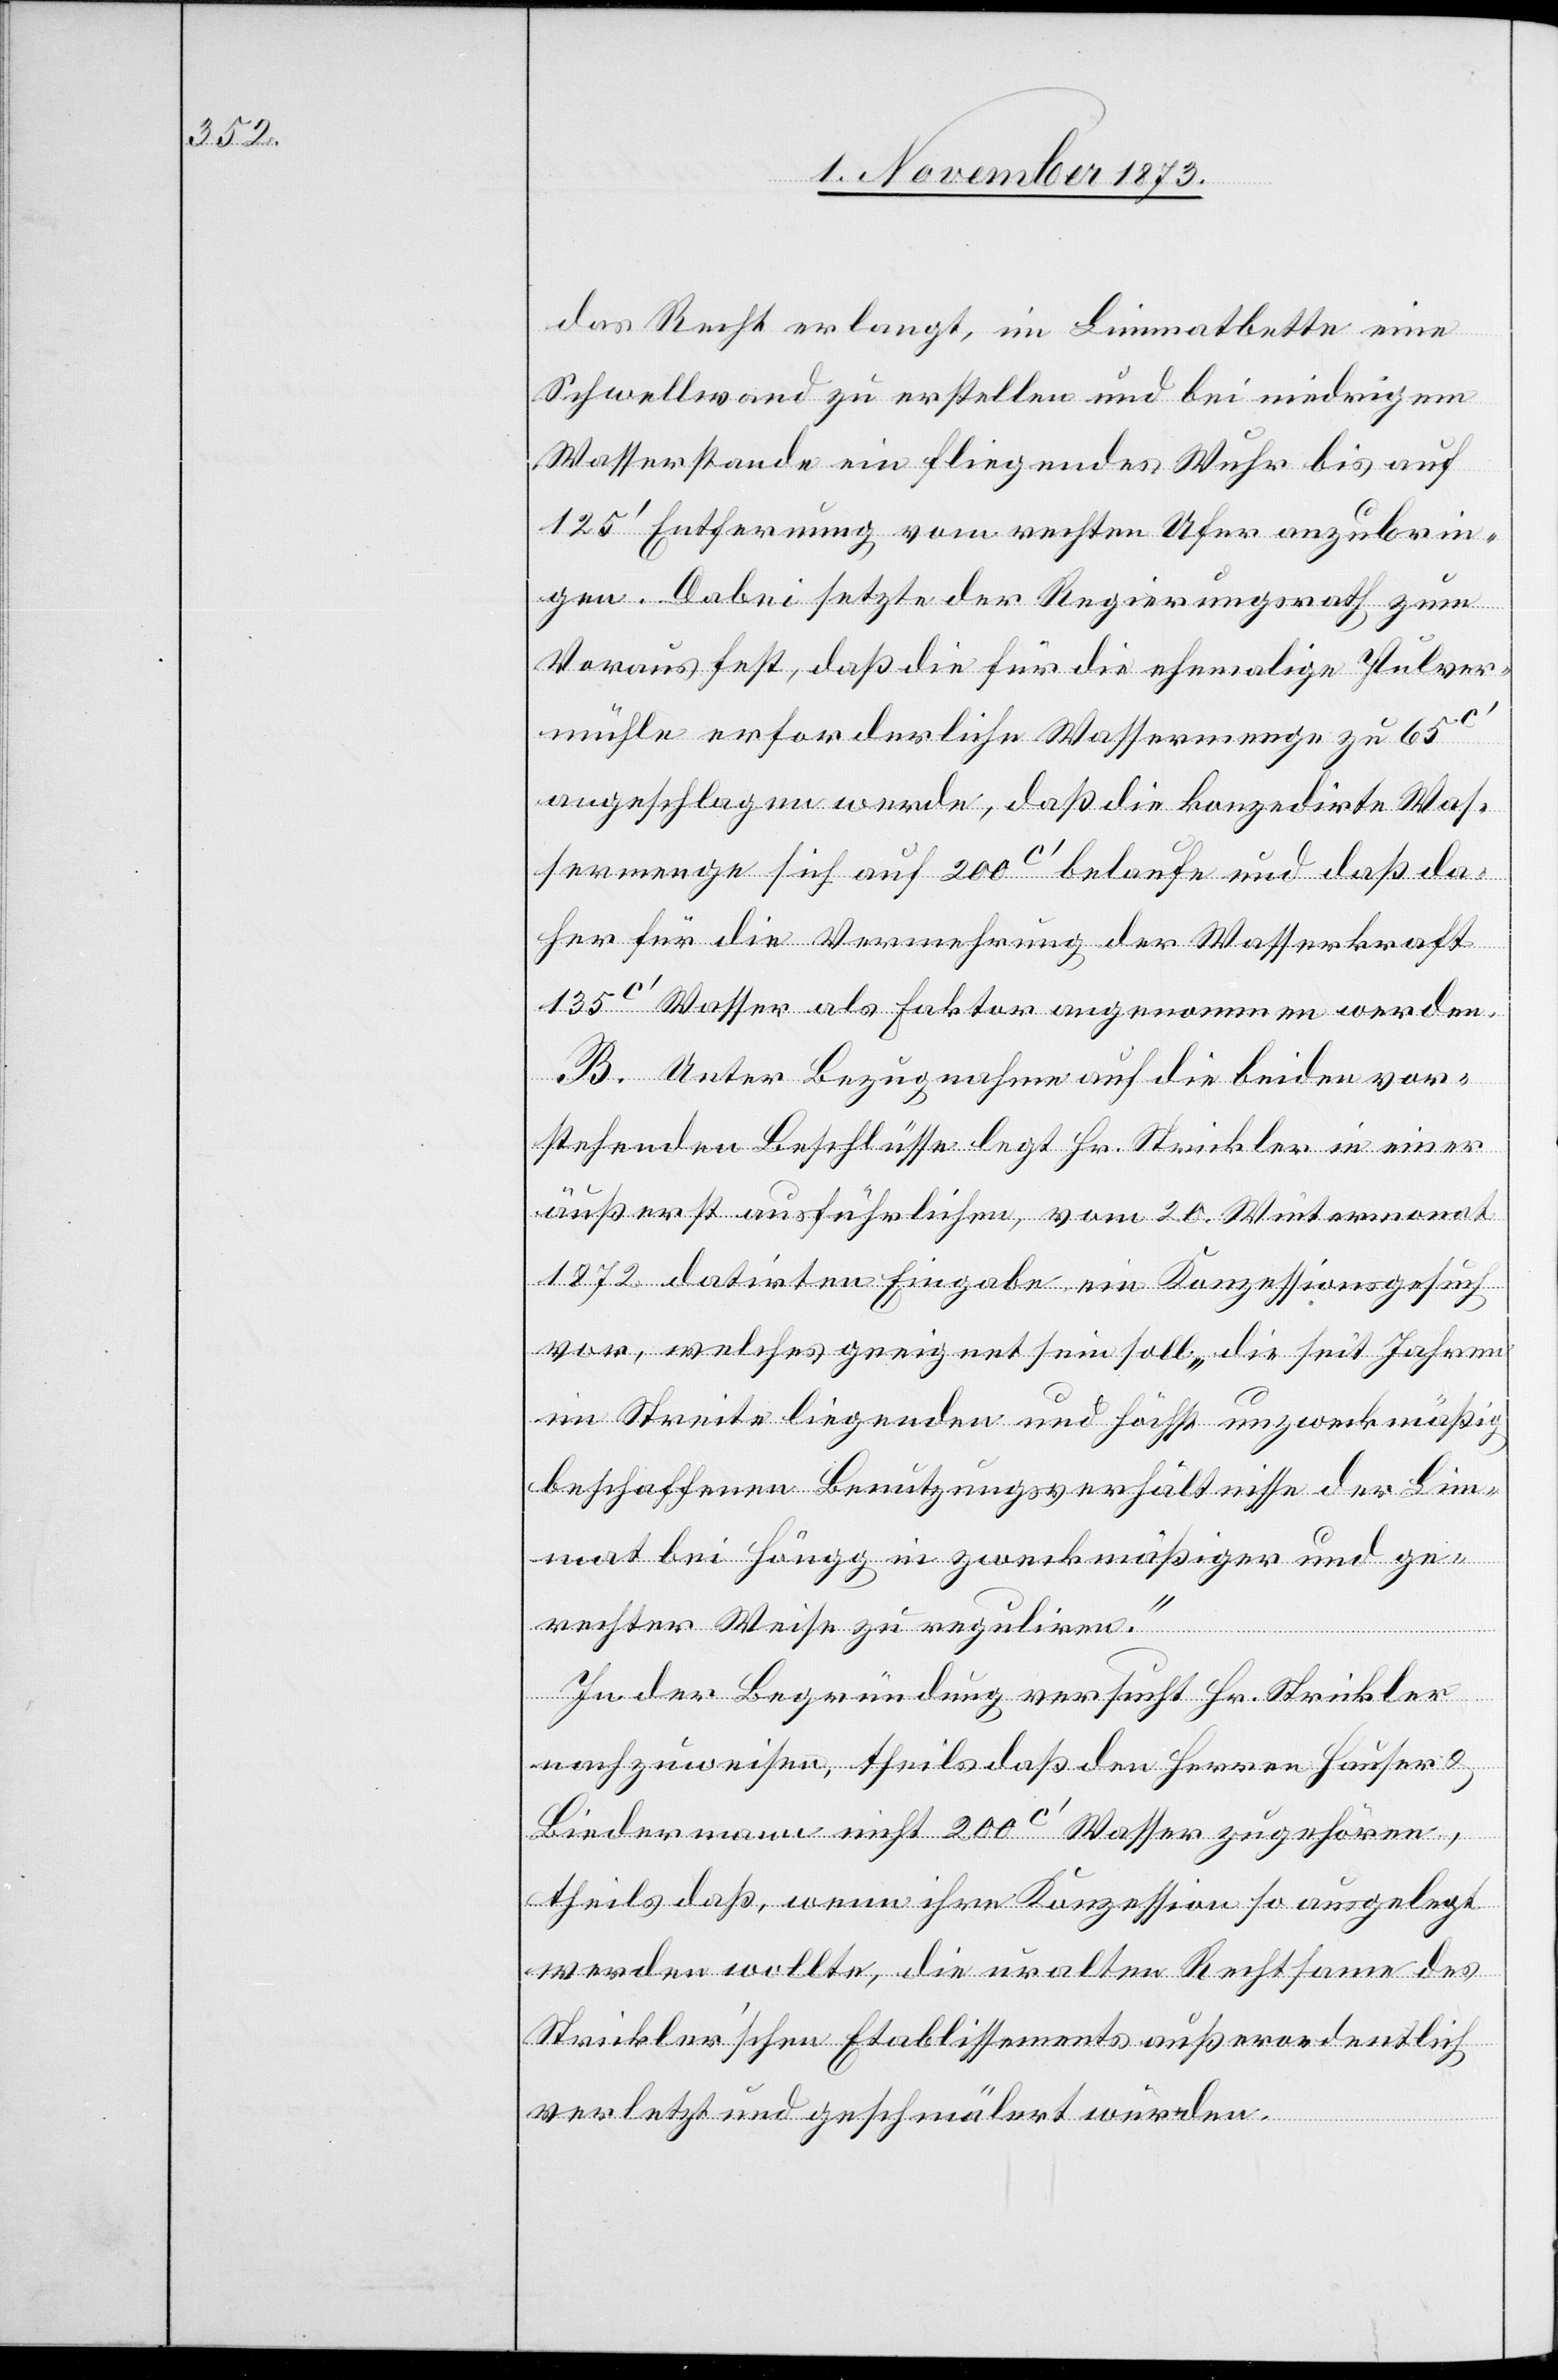
das Recht erlangt, im Limmatbette eine
Schwellwand zu erstellen und bei niedrigem
Wasserstande ein fliegendes Wuhr bis auf
125‘ Entfernung vom rechten Ufer anzubrin¬
gen. Dabei setzte der Regierungsrath zum
Voraus fest, daß die für die ehemalige Pulver¬
mühle erforderliche Wassermenge zu 65c‘
angeschlagen werde, daß die konzedirte Was¬
sermenge sich auf 200c‘ belaufe und daß da¬
her für die Vermehrung der Wasserkraft
135c‘ Wasser als Faktor angenommen werden.
B. Unter Bezugnahme auf die beiden vor¬
stehenden Beschlüsse legt Hr. Strickler in einer
äußerst ausführlichen, vom 20. Wintermonat
1872 datirten Eingabe ein Konzessionsgesuch
vor, welches geeignet sein soll „die seit Jahren
im Streite liegenden und höchst unzweckmäßig
beschaffenen Benutzungsverhältnisse der Lim¬
mat bei Höngg in zweckmäßiger und ge¬
rechter Weise zu reguliren.“
In der Begründung versucht Hr. Strickler
nachzuweisen, theils daß den Herren Hauser &
Biedermann nicht 200c‘ Wasser zugehören,
theils daß, wenn ihre Konzession so ausgelegt
werden wollte, die uralten Rechtsame des
Strickler’schen Etablissements außerordentlich
verletzt und geschmälert würden.